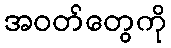
အဝတ်တွေကို